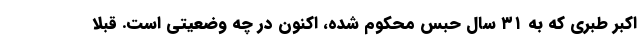
اکبر طبری که به ۳۱ سال حبس محکوم شده، اکنون در چه وضعیتی است. قبلا